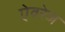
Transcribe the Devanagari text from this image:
ऐवरेज